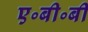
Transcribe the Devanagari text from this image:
ए॰बी॰बी